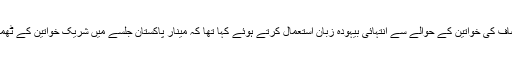
یاد رہے کہ کل رانا ثنا اللہ نے تحریک انصاف کی خواتین کے حوالے سے انتہائی بیہودہ زبان استعمال کرتے ہوئے کہا تھا کہ مینار پاکستان جلسے میں شریک خواتین کے ٹھمکے بتا رہے تھے کہ وہ کہاں سے آئی ہیں۔